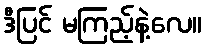
ဒီပြင် မကြည့်နဲ့လေ။